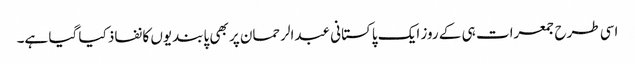
اسی طرح جمعرات ہی کے روز ایک پاکستانی عبدالرحمان پر بھی پابندیوں کا نفاذ کیا گیا ہے۔